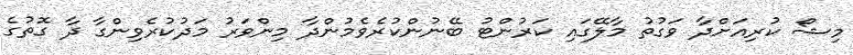
މިޝޯ ކުރިއަށްދާ ވަގުތު މާލޭގައި ކަރުންޓު ބޭނުންކުރެވެމުންދާ މިންވަރު މަދުކުރެވިންގާ ދާ ގޮތުގެ